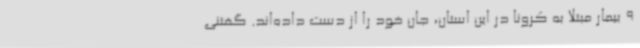
9 بیمار مبتلا به کرونا در این استان، جان خود را از دست داده‌اند. گفتنی